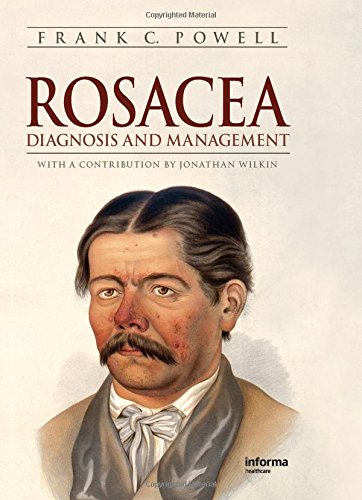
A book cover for Rosacea: Diagnosis and Management; Frank Powell; Health, Fitness & Dieting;